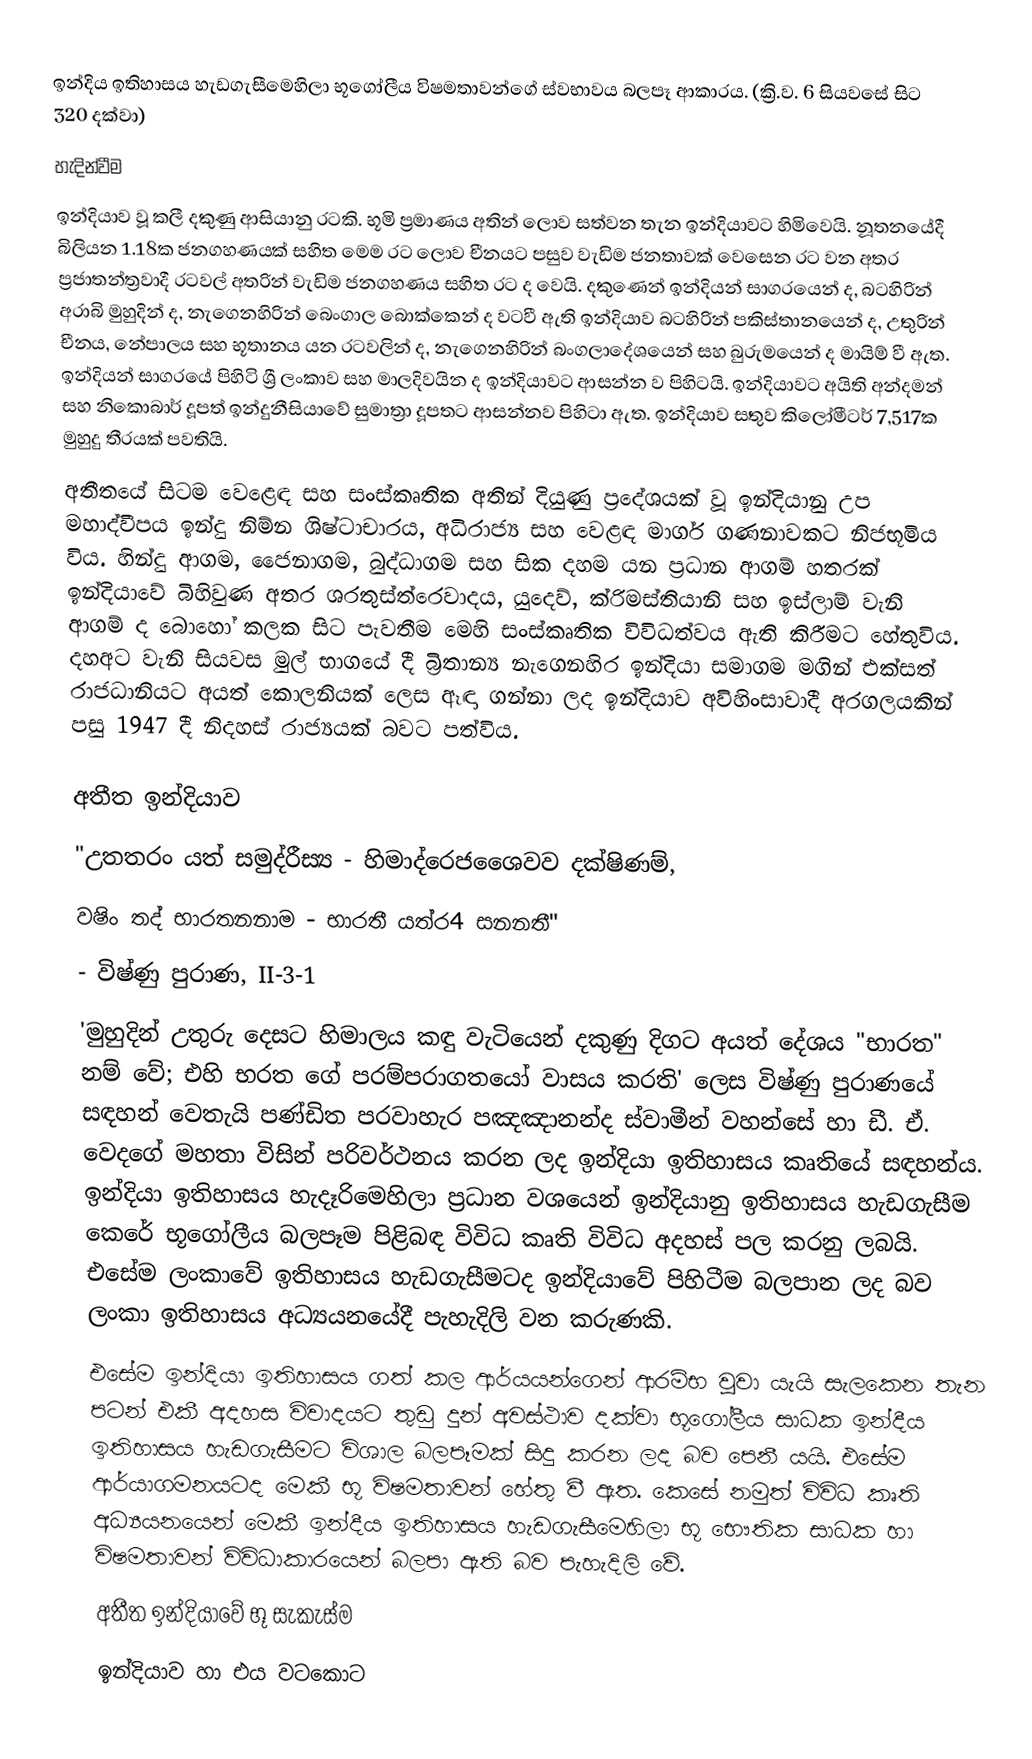
ඉන්දිය ඉතිහාසය හැඩගැසීමෙහිලා භූගෝලීය විෂමතාවන්ගේ ස්වභාවය බලපෑ ආකාරය. (ක්‍රි.ව. 6 සියවසේ සිට 320 දක්වා)
හැදින්වීම
ඉන්දියාව වූ කලී දකුණු ආසියානු රටකි. භූමි ප්‍රමාණය අතින් ලොව සත්වන තැන ඉන්දියාවට හිමිවෙයි. නූතනයේදී බිලියන 1.18ක ජනගහණයක් සහිත මෙම රට ‍ලොව චීනයට පසුව වැඩිම ජනතාවක් වෙසෙන රට වන අතර ප්‍රජාතන්ත්‍රවාදී රටවල් අතරින් වැඩිම ජනගහණය සහිත රට ද වෙයි. දකුණෙන් ඉන්දියන් සාගරයෙන් ද, බටහිරින් අරාබි මුහුදින් ද, නැගෙනහිරින් බෙංගාල බොක්කෙන් ද වටවී ඇති ඉන්දියාව බටහිරින් පකිස්තානයෙන් ද, උතුරින් චීනය, නේපාලය සහ භූතානය යන රටවලින් ද, නැගෙනහිරින් බංගලාදේශයෙන් සහ බුරුමයෙන් ද මායිම් වී ඇත. ඉන්දියන් සාගරයේ පිහිටි ශ්‍රී ලංකාව සහ මාලදිවයින ද ඉන්දියාවට ආසන්න ව පිහිටයි. ඉන්දියාවට අයිති අන්දමන් සහ නිකොබාර් දූපත් ඉන්දුනීසියාවේ සුමාත්‍රා දූපතට ආසන්නව පිහිටා ඇත. ඉන්දියාව සතුව කිලෝමීටර් 7,517ක මුහුදු තීරයක් පවතියි.
අතීතයේ සිටම වෙළෙඳ සහ සංස්කෘතික අතින් දියුණු ප්‍රදේශයක් වූ ඉන්දියානු උප මහාද්වීපය ඉන්දු නිම්න ශිෂ්ටාචාරය, අධිරාජ්‍ය සහ වෙළඳ මාර්ග ගණනාවකට නිජභූමිය විය. හින්දු ආගම, ජෛනාගම, බුද්ධාගම සහ සික දහම යන ප්‍රධාන ආගම් හතරක් ඉන්දියාවේ බිහිවුණ අතර ශරතුස්ත්රෙවාදය, යුදෙව්, ක්රිමස්තියානි සහ ඉස්ලාම් වැනි ආගම් ද බොහෝ කලක සිට පැවතීම මෙහි සංස්කෘතික විවිධත්වය ඇති කිරීමට හේතුවිය. දහඅට වැනි සියවස මුල් භාගයේ දී බ්‍රිතාන්‍ය නැගෙනහිර ඉන්දියා සමාගම මගින් එක්සත් රාජධානියට අයත් කොලනියක් ලෙස ඈඳා ගන්නා ලද ඉන්දියාව අවිහිංසාවාදී අරගලයකින් පසු 1947 දී නිදහස් රාජ්‍යයක් බවට පත්විය.

අතීත ඉන්දියාව
"උතතරං යත් සමුද්රීස්‍ය - හිමාද්රෙජශෛවව දක්ෂිණම්,
වෂිං තද් භාරතනනාම - භාරතී යත්ර4 සනනතී"
- විෂ්ණු පුරාණ, II-3-1
'මුහුදින් උතුරු දෙසට හිමාලය කඳු වැටියෙන් දකුණු දිගට අයත් දේශය "භාරත" නම් වේ; එහි භරත ගේ පරම්පරාගතයෝ වාසය කරති'  ලෙස විෂ්ණු පුරාණයේ සඳහන් වෙතැයි පණ්ඩිත පරවාහැර පඤඤානන්ද ස්වාමීන් වහන්සේ හා ඩී. ඒ. වෙදගේ මහතා විසින් පරිවර්ථනය කරන ලද ඉන්දියා ඉතිහාසය කෘතියේ සඳහන්ය. ඉන්දියා ඉතිහාසය හැදෑරිමෙහිලා ප්‍රධාන වශයෙන් ඉන්දියානු ඉතිහාසය හැඩගැසීම කෙරේ භූගෝලීය බලපෑම පිළිබඳ විවිධ කෘති විවිධ අදහස් පල කරනු ලබයි. එසේම ලංකාවේ ඉතිහාසය හැඩගැසීමටද ඉන්දියාවේ පිහිටීම බලපාන ලද බව ලංකා ඉතිහාසය අධ්‍යයනයේදී පැහැදිලි වන කරුණකි.
එසේම ඉන්දියා ඉතිහාසය ගත් කල ආර්යයන්ගෙන් ආරම්භ වූවා යැයි සැලකෙන තැන පටන් එකී අදහස විවාදයට තුඩු දුන් අවස්ථාව දක්වා භූගෝලීය සාධක ඉන්දීය ඉතිහාසය හැඩගැසීමට විශාල බලපෑමක් සිදු කරන ලද බව පෙනී යයි. එසේම ආර්යාගමනයටද මෙකී භූ විෂමතාවන් හේතු වී ඇත. කෙසේ නමුත් විවිධ කෘති අධ්‍යයනයෙන් මෙකී ඉන්දීය ඉතිහාසය හැඩගැසීමෙහිලා භූ භෞතික සාධක හා විෂමතාවන් විවිධාකාරයෙන් බලපා ඇති බව පැහැදිලි වේ.
අතීත ඉන්දියාවේ භූ සැකැස්ම
ඉන්දියාව හා එය වටකොට